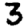
Digit: 3